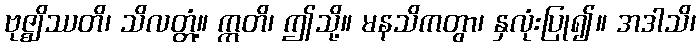
ဗုဇ္ဈိဿတိ၊ သိလတ္တံ့။ ဣတိ၊ ဤသို့။ မနသိကတွာ၊ နှလုံးပြု၍။ အဒါသိ၊